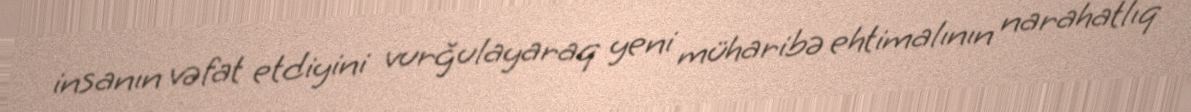
insanın vəfat etdiyini vurğulayaraq yeni müharibə ehtimalının narahatlıq